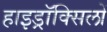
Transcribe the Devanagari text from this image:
हाइड्रॉक्सिलों